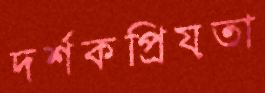
দর্শকপ্রিয়তা